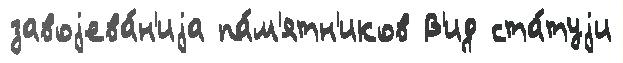
завоjева́н'иjа па́м'ятн'иков В'ид ста́туjи